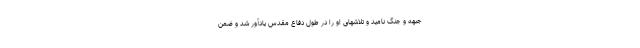
جبهه و جنگ نامید و تلاشهای او را در طول دفاع مقدس یادآور شد و ضمن